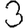
Digit: 3